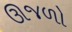
ઊજળો